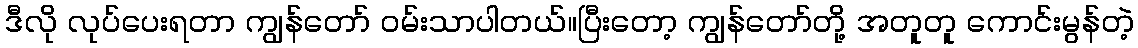
ဒီလို လုပ်ပေးရတာ ကျွန်တော် ဝမ်းသာပါတယ်။ပြီးတော့ ကျွန်တော်တို့ အတူတူ ကောင်းမွန်တဲ့